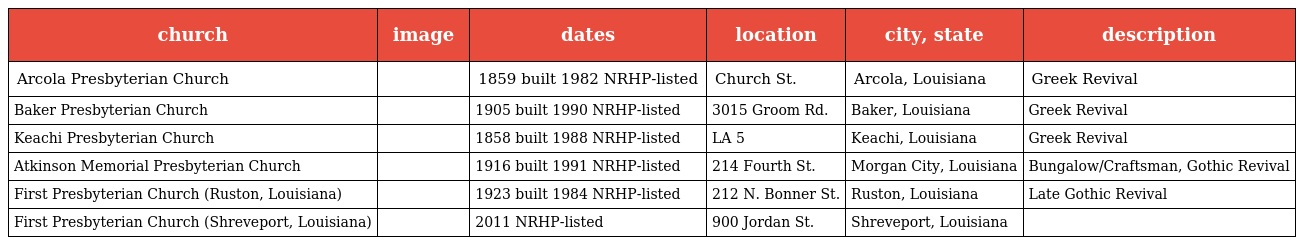
| church | image | dates | location | city, state | description |
 | --- | --- | --- | --- | --- | --- |
 | Arcola Presbyterian Church |  | 1859 built 1982 NRHP-listed | Church St. | Arcola, Louisiana | Greek Revival |
 | Baker Presbyterian Church |  | 1905 built 1990 NRHP-listed | 3015 Groom Rd. | Baker, Louisiana | Greek Revival |
 | Keachi Presbyterian Church |  | 1858 built 1988 NRHP-listed | LA 5 | Keachi, Louisiana | Greek Revival |
 | Atkinson Memorial Presbyterian Church |  | 1916 built 1991 NRHP-listed | 214 Fourth St. | Morgan City, Louisiana | Bungalow/Craftsman, Gothic Revival |
 | First Presbyterian Church (Ruston, Louisiana) |  | 1923 built 1984 NRHP-listed | 212 N. Bonner St. | Ruston, Louisiana | Late Gothic Revival |
 | First Presbyterian Church (Shreveport, Louisiana) |  | 2011 NRHP-listed | 900 Jordan St. | Shreveport, Louisiana |  |